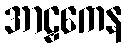
အာဠှကေန